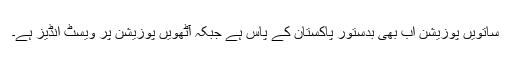
ساتویں پوزیشن اب بھی بدستور پاکستان کے پاس ہے جبکہ آٹھویں پوزیشن پر ویسٹ انڈیز ہے۔